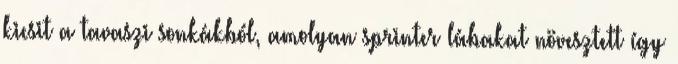
kicsit a tavaszi sonkákból, amolyan sprinter lábakat növesztett így